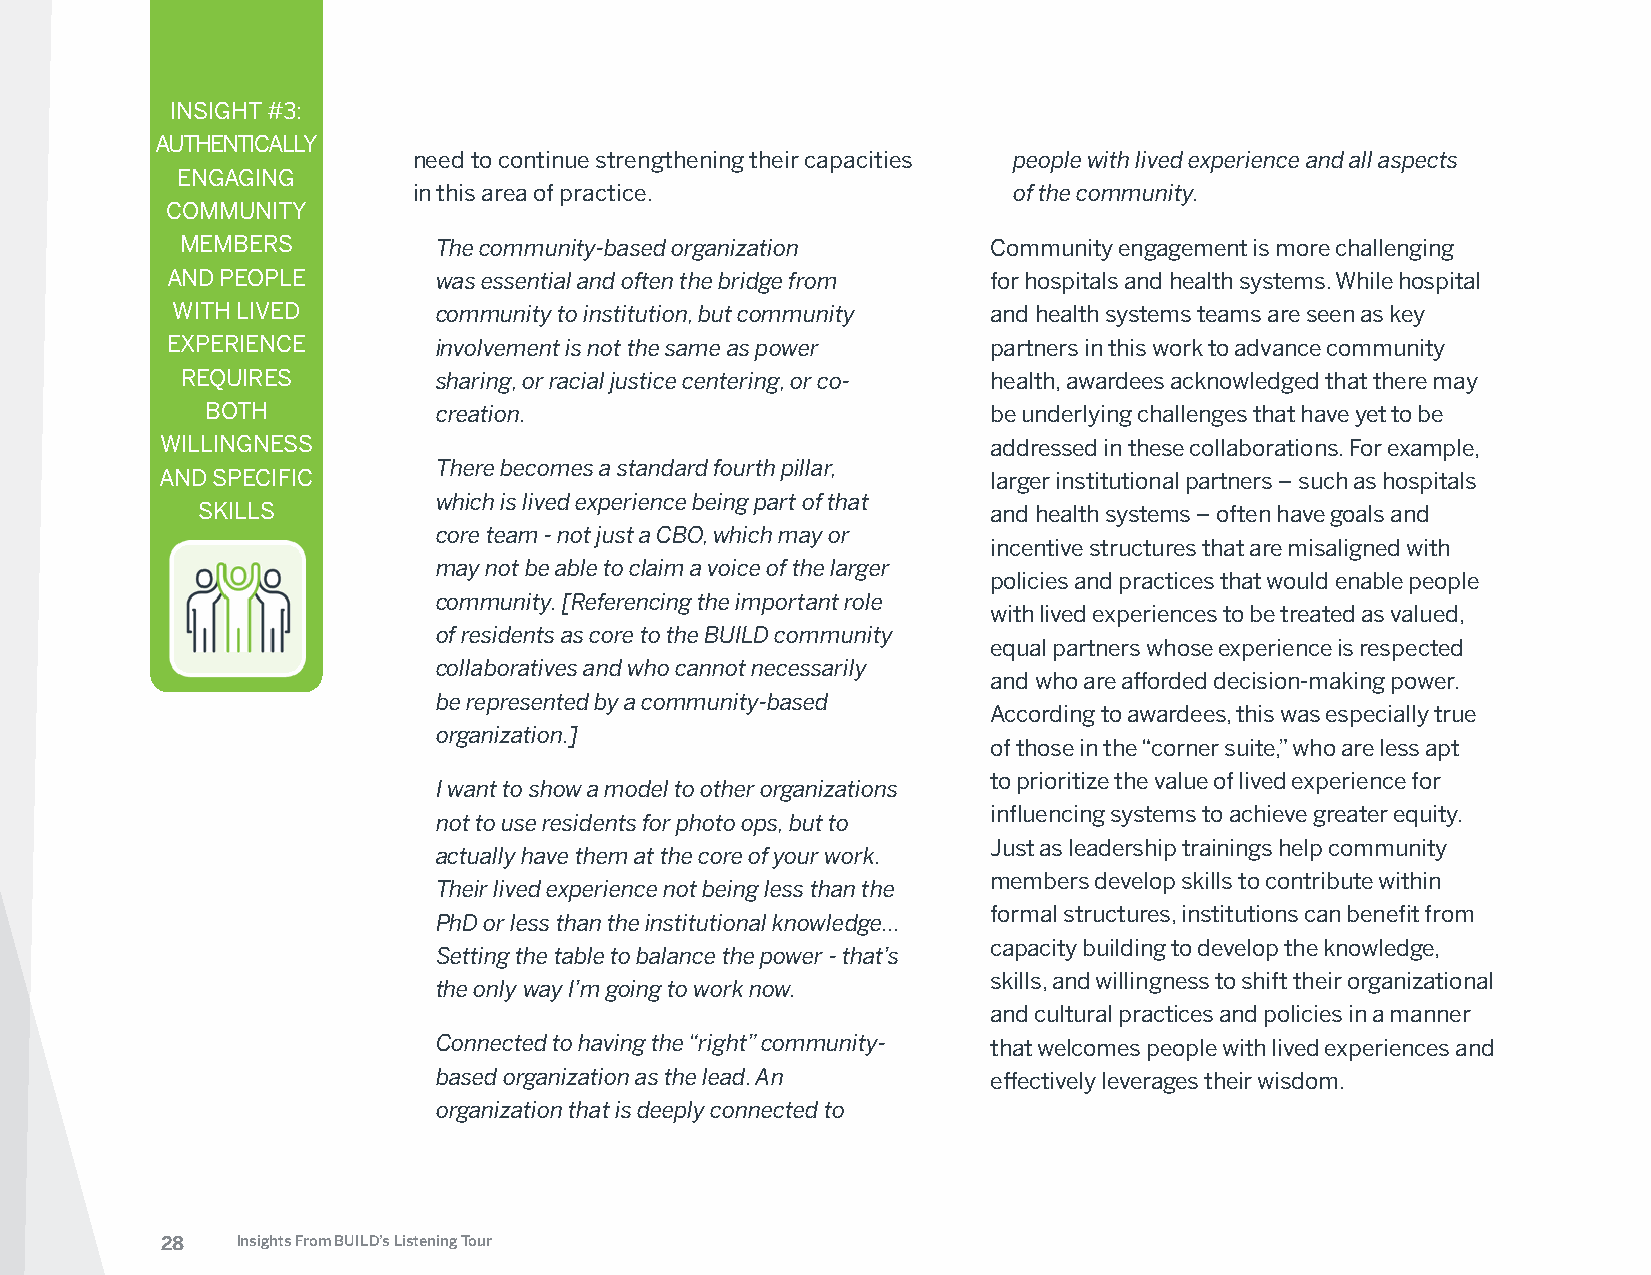
INSIGHT #3:
 AUTHENTICALLY
 need to continue strengthening their capacities people with lived experience and all aspects
 ENGAGING
 in this area of practice.               of the community.
 COMMUNITY
 MEMBERS          The community-based organization     Community engagement is more challenging
 AND PEOPLE        was essential and often the bridge from for hospitals and health systems. While hospital
 WITH LIVED        community to institution, but community and health systems teams are seen as key
 EXPERIENCE        involvement is not the same as power partners in this work to advance community
 REQUIRES         sharing, or racial justice centering, or co- health, awardees acknowledged that there may
 BOTH           creation.                            be underlying challenges that have yet to be
 WILLINGNESS                                            addressed in these collaborations. For example,
 There becomes a standard fourth pillar,
 AND SPECIFIC                                           larger institutional partners – such as hospitals
 which is lived experience being part of that
 SKILLS                                               and health systems – often have goals and
 core team - not just a CBO, which may or
 incentive structures that are misaligned with
 may not be able to claim a voice of the larger
 policies and practices that would enable people
 community. [Referencing the important role
 with lived experiences to be treated as valued,
 of residents as core to the BUILD community
 equal partners whose experience is respected
 collaboratives and who cannot necessarily
 and who are afforded decision-making power.
 be represented by a community-based
 According to awardees, this was especially true
 organization.]
 of those in the “corner suite,” who are less apt
 to prioritize the value of lived experience for
 I want to show a model to other organizations
 influencing systems to achieve greater equity.
 not to use residents for photo ops, but to
 Just as leadership trainings help community
 actually have them at the core of your work.
 members develop skills to contribute within
 Their lived experience not being less than the
 formal structures, institutions can benefit from
 PhD or less than the institutional knowledge…
 capacity building to develop the knowledge,
 Setting the table to balance the power - that’s
 skills, and willingness to shift their organizational
 the only way I’m going to work now.
 and cultural practices and policies in a manner
 Connected to having the “right” community- that welcomes people with lived experiences and
 based organization as the lead. An   effectively leverages their wisdom.
 organization that is deeply connected to
 28   Insights From BUILD’s Listening Tour